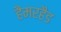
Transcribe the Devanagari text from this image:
हैमरहैड